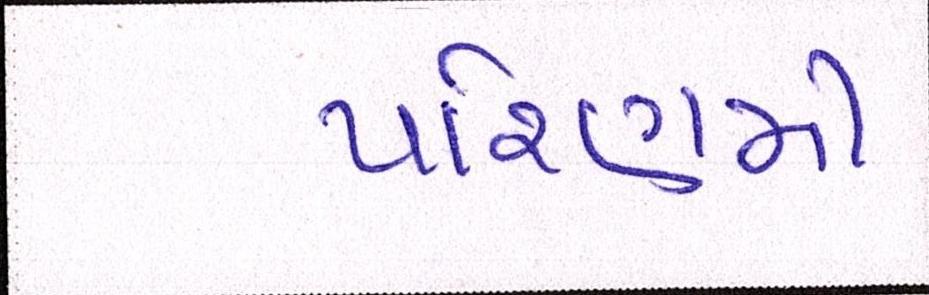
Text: પરિણમી